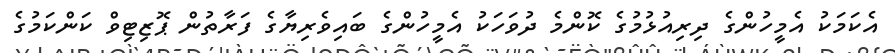
އެކަމަކު އެމީހުންގެ ދިރިއުޅުމުގެ ކޮންމެ ދުވަހަކު އެމީހުންގެ ބައިވެރިޔާގެ ފަރާތުން ޕޮޒިޓިވް ކަންކަމުގެ